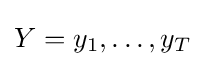
Y=y_{1},\ldots ,y_{T}